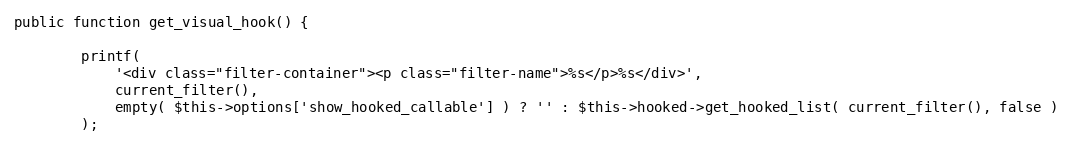
Language: PHP
public function get_visual_hook() {

		printf(
			'<div class="filter-container"><p class="filter-name">%s</p>%s</div>',
			current_filter(),
			empty( $this->options['show_hooked_callable'] ) ? '' : $this->hooked->get_hooked_list( current_filter(), false )
		);